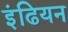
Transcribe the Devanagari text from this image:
इंढियन